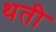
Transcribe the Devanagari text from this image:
थती